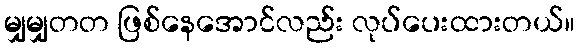
မျှမျှတတ ဖြစ်နေအောင်လည်း လုပ်ပေးထားတယ်။